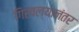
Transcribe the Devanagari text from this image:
गिरवल्यानंतर